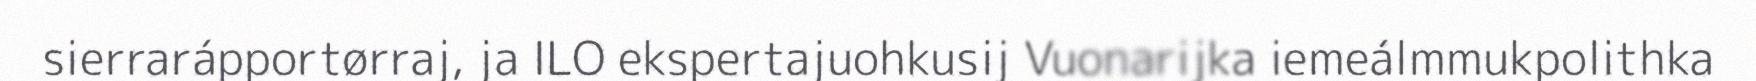
sierrarápportørraj, ja ILO ekspertajuohkusij Vuonarijka iemeálmmukpolithka